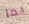
بما